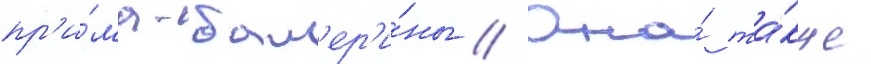
пр'и́ма-бал'ер'и́ны // Она́ та́кже